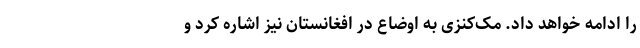
را ادامه خواهد داد. مک‌کنزی به اوضاع در افغانستان نیز اشاره کرد و